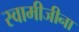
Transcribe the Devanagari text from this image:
स्वामीजीना